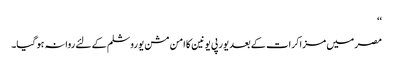
‘‘
مصر میں مزاکرات کے بعد یورپی یونین کا امن مشن یوروشلم کے لئے روانہ ہو گیا۔